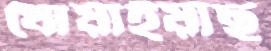
ধোয়াইয়াছ